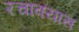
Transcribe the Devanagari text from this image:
रचावयास